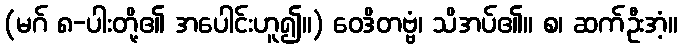
(မဂ် ၈-ပါးတို့၏ အပေါင်းဟူ၍။) ဝေဒိတဗ္ဗံ၊ သိအပ်၏။ စ၊ ဆက်ဦးအံ့။